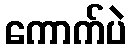
ကောက်ပဲ